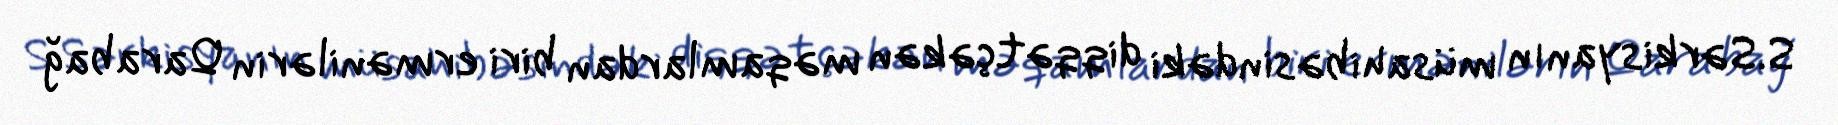
S.Sərkisyanın müsahibəsindəki diqqətçəkən məqamlardan biri ermənilərin Qarabağ